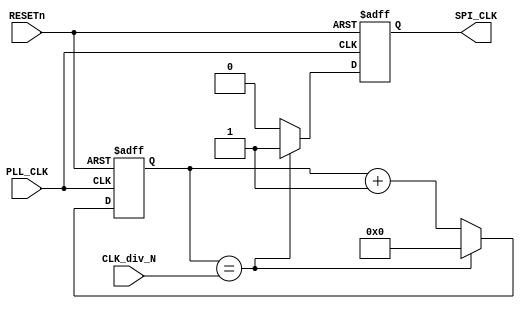
/********************************************************************************
 *																				*
 *		SPI_Clock_gen.v  Ver 0.1														*
 *																				*
 *		Designed by	Yoon Dong Joon                                              *
 *																				*
 ********************************************************************************
 *																				*
 *		Support Verilog 2001 Syntax												*
 *																				*
 *		Update history : 2011.10.29	 original authored (Ver.0.1)				*
 *																				*
 *		Support only Single Master												*
 *																				*
 ********************************************************************************/	

`timescale 1ns/1ps		

module SPI_Clock_gen(
	//---------------------------------------------------------------------------
	//	Clock Src and Reset Signals
	//---------------------------------------------------------------------------
	input	wire			PLL_CLK,
	input	wire			RESETn,

	//---------------------------------------------------------------------------
	//	Clock Divider	
	//---------------------------------------------------------------------------
	input	wire	[15:0]	CLK_div_N,
	
	//---------------------------------------------------------------------------
	//	Generated SPI Clock
	//---------------------------------------------------------------------------
	output	wire			SPI_CLK
);		 
               
//-------------------------------------------------------------------------------
//	Internal Signals
//-------------------------------------------------------------------------------
reg			iSPI_CLK;
reg	[15:0]	iCnt;

//-------------------------------------------------------------------------------
//	SPI Clock Genrerator
//-------------------------------------------------------------------------------
always@(posedge PLL_CLK, negedge RESETn) begin
	if(!RESETn) begin
		iSPI_CLK	<= 1'b0;
		iCnt		<= 16'd0;
	end
	else begin
		if(iCnt == CLK_div_N[15:0]) begin
			iSPI_CLK	<= 1'b1;		// Pulse generation
			//iSPI_CLK	<= !iSPI_CLK;	// clock generation
			iCnt		<= 16'd0;
		end 
		else begin
			iSPI_CLK	<= 1'b0;		// Pulse generation
			iCnt		<= iCnt + 16'd1;
		end
	end
end

assign SPI_CLK = iSPI_CLK;

endmodule